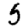
Digit: 5